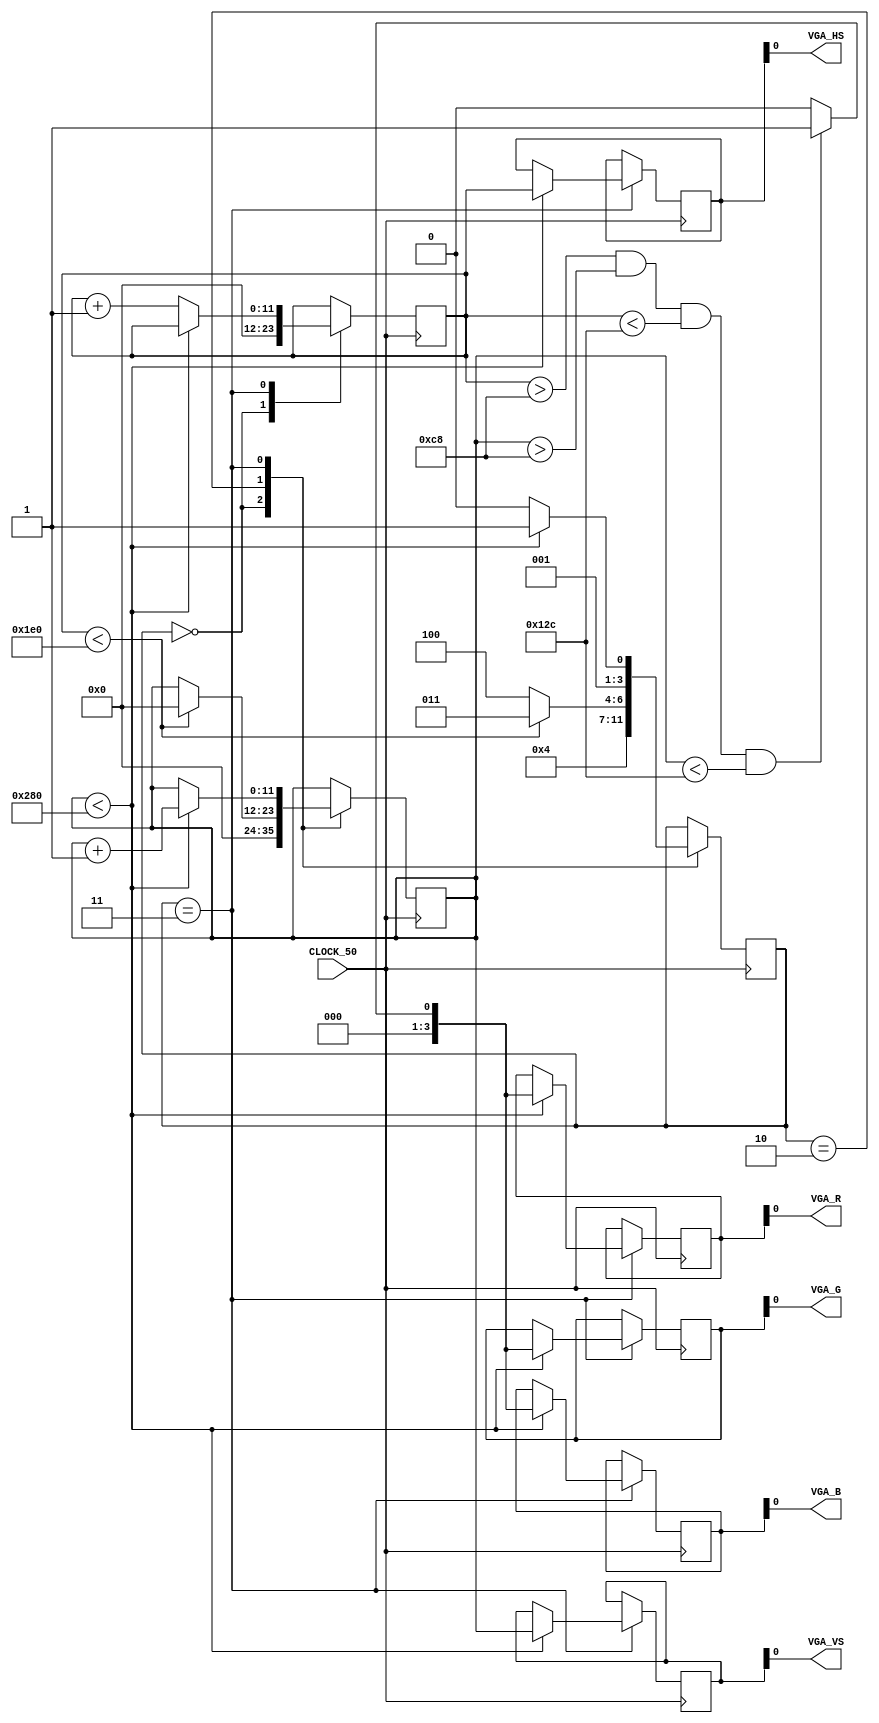
/*
Usar Clock_25
Contador at 800x525
VGA_HS negativo para H_Sync 660 at 756
Negativo para v 494 at 495

*/
module trab8(
	input CLOCK_50,
	output VGA_HS ,
	output VGA_VS,
	output VGA_R,
	output VGA_G,
	output VGA_B
);

	reg [3:0]Red;
	reg [3:0]Green;
	reg [3:0]Blue;
	reg [11:0]V_Sync;
	reg [11:0]H_Sync;
	reg [11:0]i;
	reg [11:0]j;

	reg [3:0]count = 0;

	assign VGA_R = Red;
	assign VGA_B = Blue;
	assign VGA_G = Green;
	
	assign VGA_HS = H_Sync;
	assign VGA_VS = V_Sync;

	always @(posedge CLOCK_50) begin
		case(count)
			0:begin
				i <= 0;
				j <= 0;
				count <= 2;
			end

			
			2: begin
				if (i < 480)begin
					count <= 3;
					j <= 0;
					
				end
		    	else count <= 4;
			end
			3: begin
				if (j < 640)begin
					// sempe alterar aqui (dentro for)
					H_Sync  <= i;
					V_Sync <= j;
					if (i > 200 & j > 200 & i < 300 & j < 300)begin
						Red <= 4'b1;
						Green <= 4'b1;
						Blue <= 4'b1;
					end
					else begin
						Red <= 4'b0;
						Green <= 4'b0;
						Blue <= 4'b0;
					end
					//altera at aqui (dentro for)
					j <= j + 1;
					count <= 3;	
				end
				else begin
					i <= i + 1;
					count <= 2;
				end
			end	
		endcase
	end	

endmodule